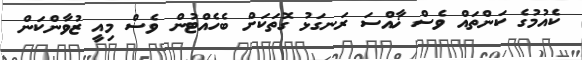
ކެއުމުގެ ކަންތައް ވެސް ޚާއްސަ ރަނގަޅު ގޮތަކަށް ބެހެއްޓުން ވެސް މިއީ ޒުވާންކަން